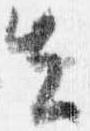
去